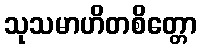
သုသမာဟိတစိတ္တော